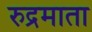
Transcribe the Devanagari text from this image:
रुद्रमाता